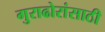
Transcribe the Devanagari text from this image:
गुराढोरांसाठी